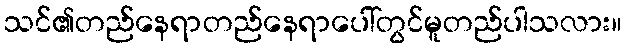
သင်၏တည်နေရာတည်နေရာပေါ်တွင်မူတည်ပါသလား။